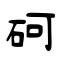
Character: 砢